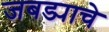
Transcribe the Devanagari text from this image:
जबड्याचे